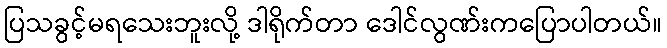
ပြသခွင့်မရသေးဘူးလို့ ဒါရိုက်တာ ဒေါင်လွဏ်းကပြောပါတယ်။